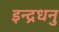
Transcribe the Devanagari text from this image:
इन्द्रधनु